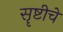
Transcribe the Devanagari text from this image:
सॄष्टीचे